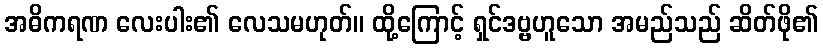
အဓိကရဏ လေးပါး၏ လေသမဟုတ်။ ထို့ကြောင့် ရှင်ဒဗ္ဗဟူသော အမည်သည် ဆိတ်ဖို၏